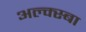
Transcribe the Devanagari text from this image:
अल्क्स्बा